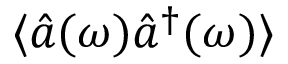
\langle \hat { a } ( \omega ) \hat { a } ^ { \dagger } ( \omega ) \rangle